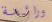
ورائحة